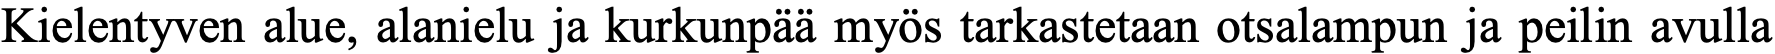
Kielentyven alue, alanielu ja kurkunpää myös tarkastetaan otsalampun ja peilin avulla